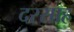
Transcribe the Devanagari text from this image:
दरसाह